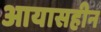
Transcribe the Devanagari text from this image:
आयासहीन